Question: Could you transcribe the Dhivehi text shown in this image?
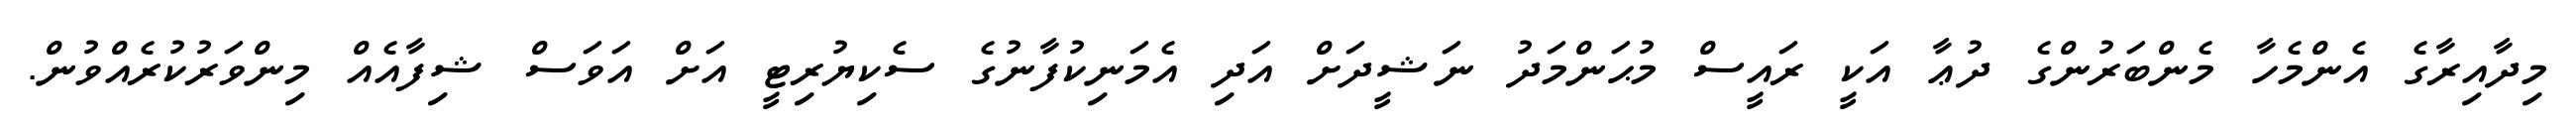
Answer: މިދާއިރާގެ އެންމެހާ މެންބަރުންގެ ދުޢާ އަކީ ރައީސް މުޙަންމަދު ނަޝީދަށް އަދި އެމަނިކުފާނުގެ ސެކިޔުރިޓީ އަށް އަވަސް ޝިފާއެއް މިންވަރުކުރެއްވުން.